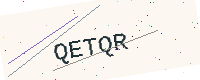
Text: QETQR